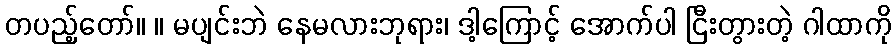
တပည့်တော်။ ။ မပျင်းဘဲ နေမလားဘုရား၊ ဒါ့ကြောင့် အောက်ပါ ငြီးတွားတဲ့ ဂါထာကို